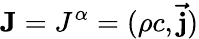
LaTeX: \mathbf{J}=J^{\alpha}=(\rho c,\mathbf{\vec{j}})